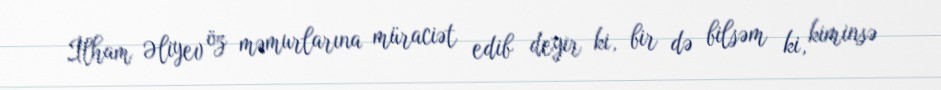
İlham Əliyev öz məmurlarına müraciət edib deyir ki, bir də bilsəm ki, kiminsə